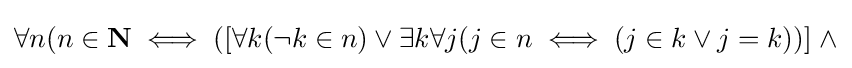
\forall n(n\in \mathbf {N} \iff ([\forall k(\lnot k\in n)\lor \exists k\forall j(j\in n\iff (j\in k\lor j=k))]\;\land